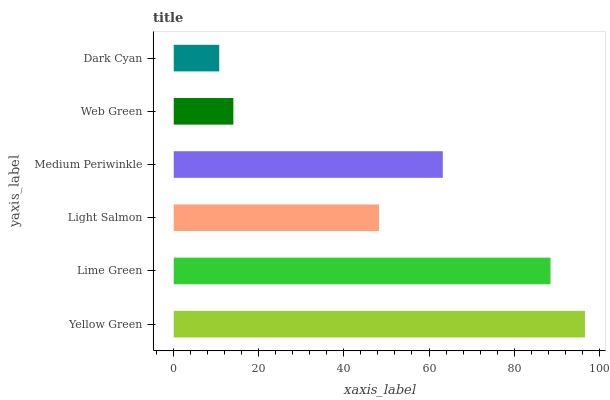
| yaxis_label | bars |
 | --- | --- |
 | Yellow Green | 96.6 |
 | Lime Green | 88.6 |
 | Light Salmon | 48.2 |
 | Medium Periwinkle | 63.2 |
 | Web Green | 14 |
 | Dark Cyan | 10.7 |